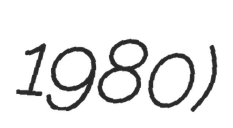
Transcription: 1980)